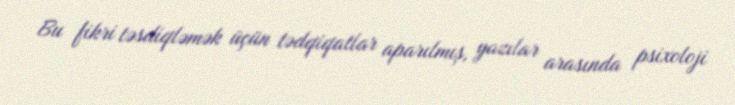
Bu fikri təsdiqləmək üçün tədqiqatlar aparılmış, yazılar arasında psixoloji